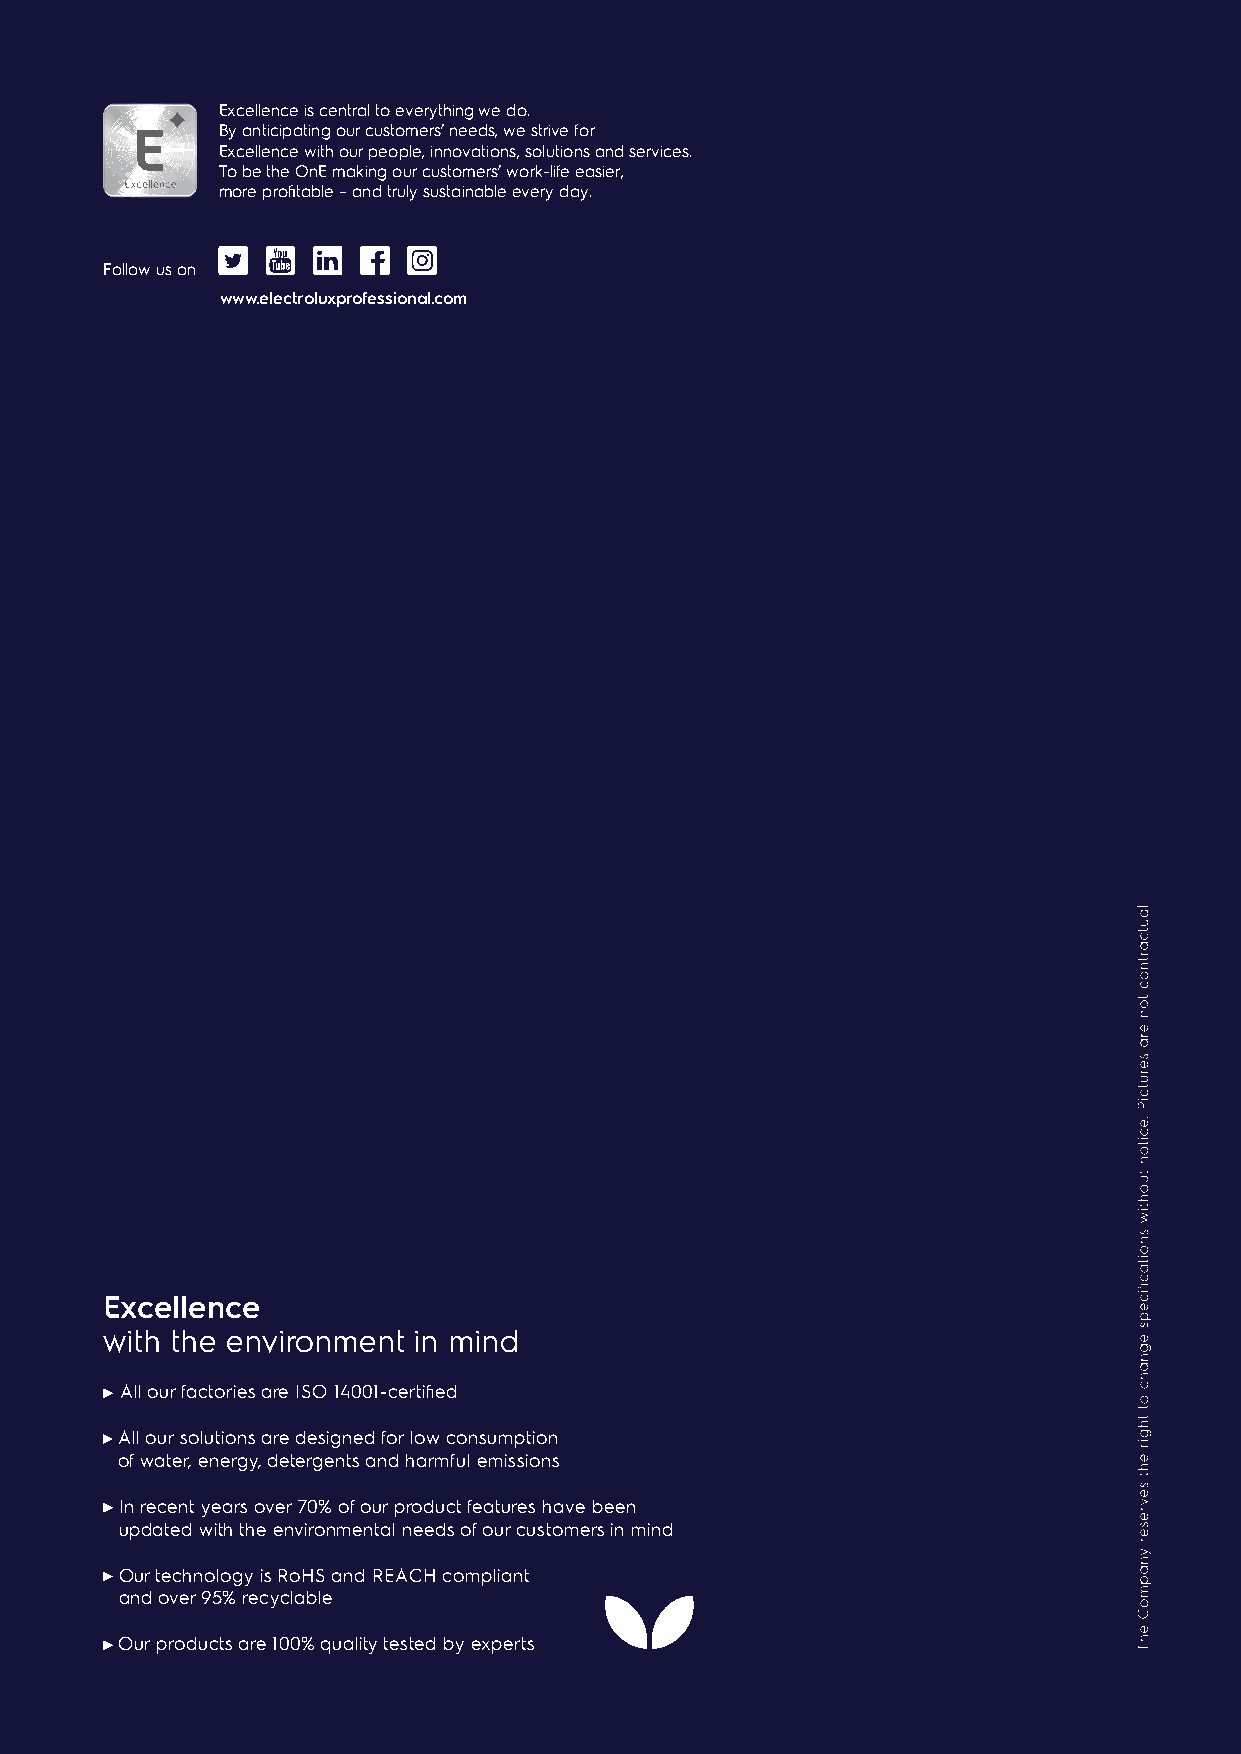
Excellence is central to everything we do.
 By anticipating our customers’ needs, we strive for
 Excellence with our people, innovations, solutions and services.
 To be the OnE making our customers’ work-life easier,
 more profitable – and truly sustainable every day.
 Follow us on
 www.electroluxprofessional.com
 Excellence
 with the environment in mind
 All our factories are ISO 14001-certified
 All our solutions are designed for low consumption
 of water, energy, detergents and harmful emissions
 In recent years over 70% of our product features have been
 updated with the environmental needs of our customers in mind
 Our technology is RoHS and REACH compliant
 and over 95% recyclable
 Our products are 100% quality tested by experts